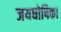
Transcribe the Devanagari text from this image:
जयघोषिका